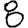
Digit: 8